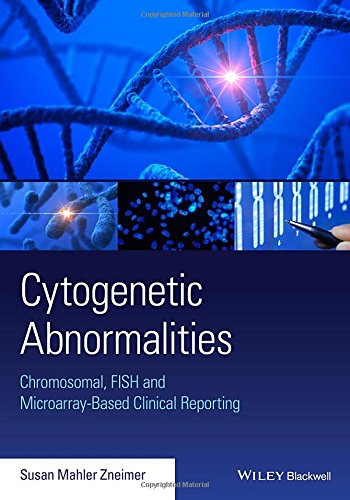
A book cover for Cytogenetic Abnormalities: Chromosomal, FISH, and Microarray-Based Clinical Reporting and Interpretation of Result; S. Zneimer; Medical Books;